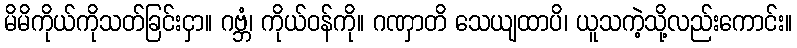
မိမိကိုယ်ကိုသတ်ခြင်းငှာ။ ဂဗ္ဘံ၊ ကိုယ်ဝန်ကို။ ဂဏှာတိ သေယျထာပိ၊ ယူသကဲ့သို့လည်းကောင်း။